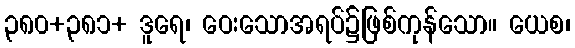
၃၈၀+၃၈၁+ ဒူရေ၊ ဝေးသောအရပ်၌ဖြစ်ကုန်သော။ ယေစ၊